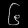
Digit: ၆